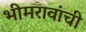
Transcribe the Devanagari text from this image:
भीमरावांची